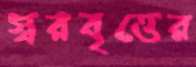
স্বরবৃত্তের